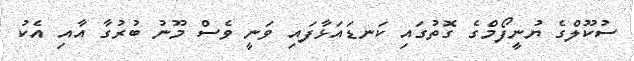
ސުކޫލްގެ ޔުނީފޯމްގެ ގޮތުގައި ކަނޑައަޅާފައި ވަނީ ވެސް މޫނު ބުރުގާ އާއި އެކު